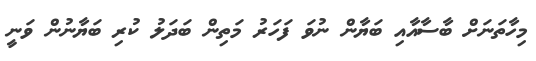
މިހާތަނަށް ބާސާއާއި ބަޔާން ނުވަ ފަހަރު މަތިން ބަދަލު ކުރި ބަޔާނުން ވަނީ